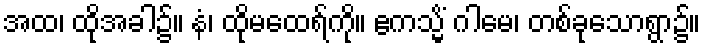
အထ၊ ထိုအခါ၌။ နံ၊ ထိုမထေရ်ကို။ ဧကသ္မိံ ဂါမေ၊ တစ်ခုသောရွာ၌။